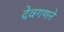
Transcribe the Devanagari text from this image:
देवगणने